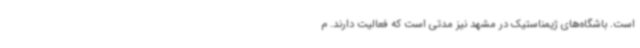
است. باشگاه‌های ژیمناستیک در مشهد نیز مدتی است که فعالیت دارند. م